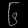
Digit: ၆